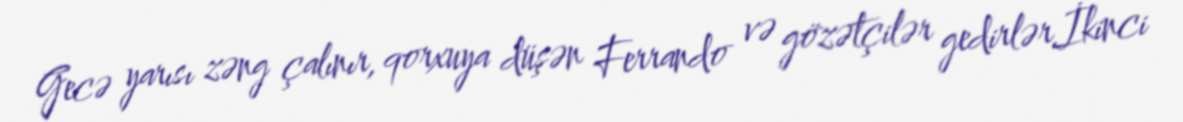
Gecə yarısı zəng çalınır, qorxuya düşən Ferrando və gözətçilər gedirlər.İkinci